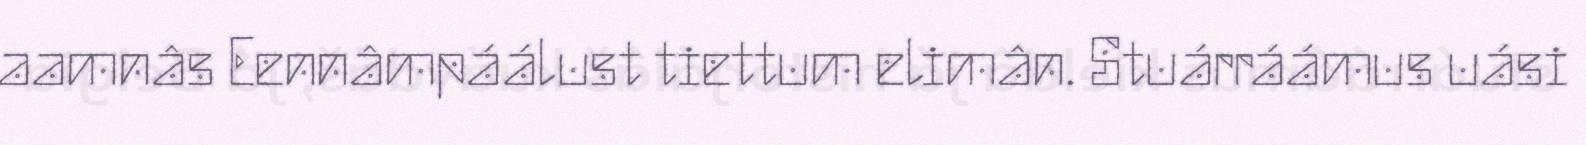
aamnâs Eennâmpáálust tiettum elimân. Stuárráámus uási